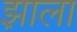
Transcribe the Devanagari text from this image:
झ़ाला